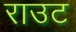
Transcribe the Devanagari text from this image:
राउट